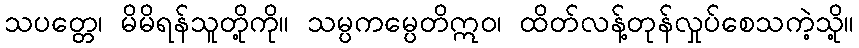
သပတ္တေ၊ မိမိရန်သူတို့ကို။ သမ္ပကမ္ပေတိဣဝ၊ ထိတ်လန့်တုန်လှုပ်စေသကဲ့သို့။